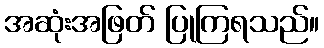
အဆုံးအဖြတ် ပြုကြရသည်။